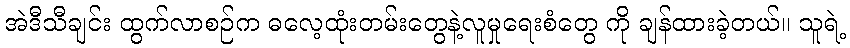
အဲဒီသီချင်း ထွက်လာစဉ်က ဓလေ့ထုံးတမ်းတွေနဲ့လူမှုရေးစံတွေ ကို ချန်ထားခဲ့တယ်။ သူရဲ့